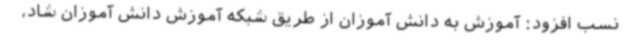
نسب افزود: آموزش به دانش آموزان از طریق شبکه آموزش دانش آموزان شاد،